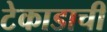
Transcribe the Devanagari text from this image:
टेकाडाची